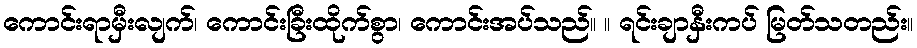
ကောင်းရာမှီးလျက်၊ ကောင်းခြီးထိုက်စွာ၊ ကောင်းအပ်သည်။ ။ ရင်းချာနှီးကပ် မြတ်သတည်း။